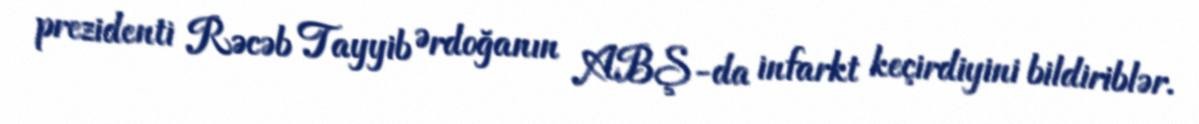
prezidenti Rəcəb Tayyib Ərdoğanın ABŞ-da infarkt keçirdiyini bildiriblər.